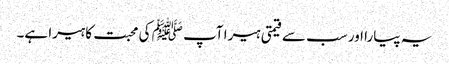
یہ پیارا اور سب سے قیمتی ہیرا آپ ﷺ کی محبت کا ہیرا ہے۔